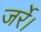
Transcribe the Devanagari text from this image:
जर्रे।